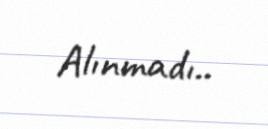
Alınmadı..